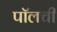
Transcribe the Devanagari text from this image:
पॉलची